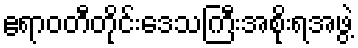
ဧရာဝတီတိုင်းဒေသကြီးအစိုးရအဖွဲ့